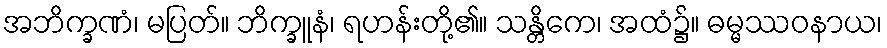
အဘိက္ခဏံ၊ မပြတ်။ ဘိက္ခူနံ၊ ရဟန်းတို့၏။ သန္တိကေ၊ အထံ၌။ ဓမ္မဿဝနာယ၊